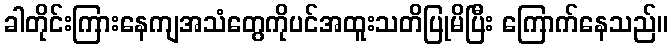
ခါတိုင်းကြားနေကျအသံတွေကိုပင်အထူးသတိပြုမိပြီး ကြောက်နေသည်။